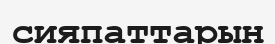
сияпаттарын